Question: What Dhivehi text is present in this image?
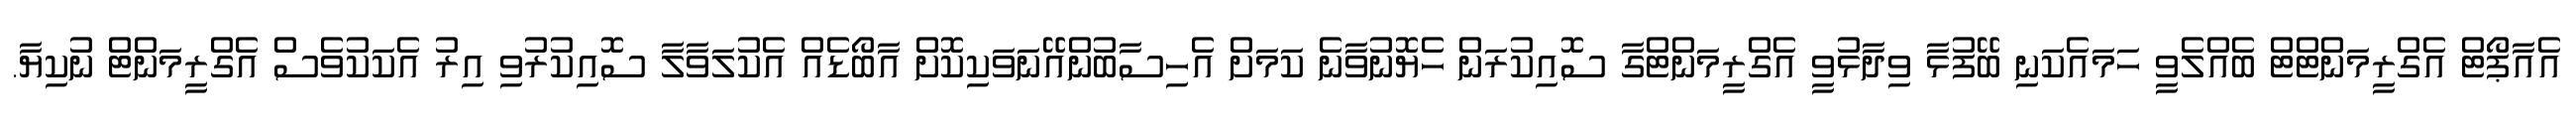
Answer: އެއާޕޯޓް އެގްރީމަންޓްޓް ބެއްލެވީ ހަމައެކަނި ބޭފުޅާ ވިދާޅުވީ އެގްރީމަންޓްގާ ސޮއިކުރަން ހެޔޮނުވާނެ ކަމަށް އެހިސާބުންއޭނަވަކިކޮށް އާބޯޑެއް އެކުލަވާލާ ސޮއިކުރުވި އިރު އެކަކުވެސް އެގްރީމަންޓް ނުކިޔާ.